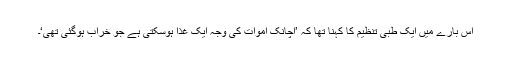
اس بارے میں ایک طبی تنظیم کا کہنا تھا کہ ’اچانک اموات کی وجہ ایک غذا ہوسکتی ہے جو خراب ہوگئی تھی‘۔